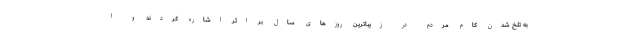
به تلخ شدن کام مردم در زیباترین روزهای سال بر اثر اشاره کردند و ا